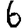
Digit: 6